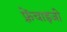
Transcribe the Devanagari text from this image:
फ़्रेंचाइजी